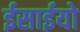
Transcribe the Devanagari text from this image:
ईसाईयो